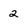
Character: 2